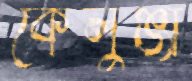
কেলুঞ্জা